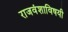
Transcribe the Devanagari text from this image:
राजवंशाविषयी